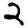
Digit: 2